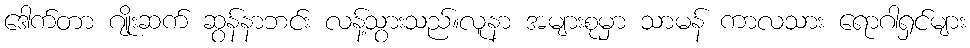
ဒေါက်တာ ဂျိုးဆက် ဆွန်နာဘင်း လန့်သွားသည်။လူနာ အများစုမှာ သာမန် ကာလသား ရောဂါရှင်များ